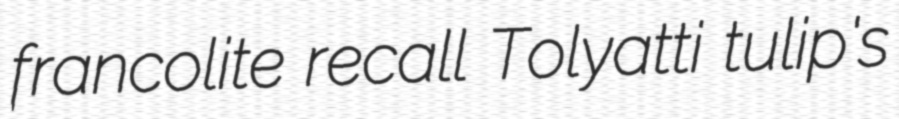
francolite recall Tolyatti tulip's